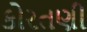
કોરતણી